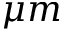
\mu m